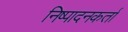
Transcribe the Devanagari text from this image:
निष्‍पादनकर्ता